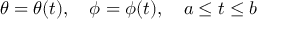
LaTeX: \theta = \theta ( t ) , \quad \phi = \phi ( t ) , \quad a \leq t \leq b